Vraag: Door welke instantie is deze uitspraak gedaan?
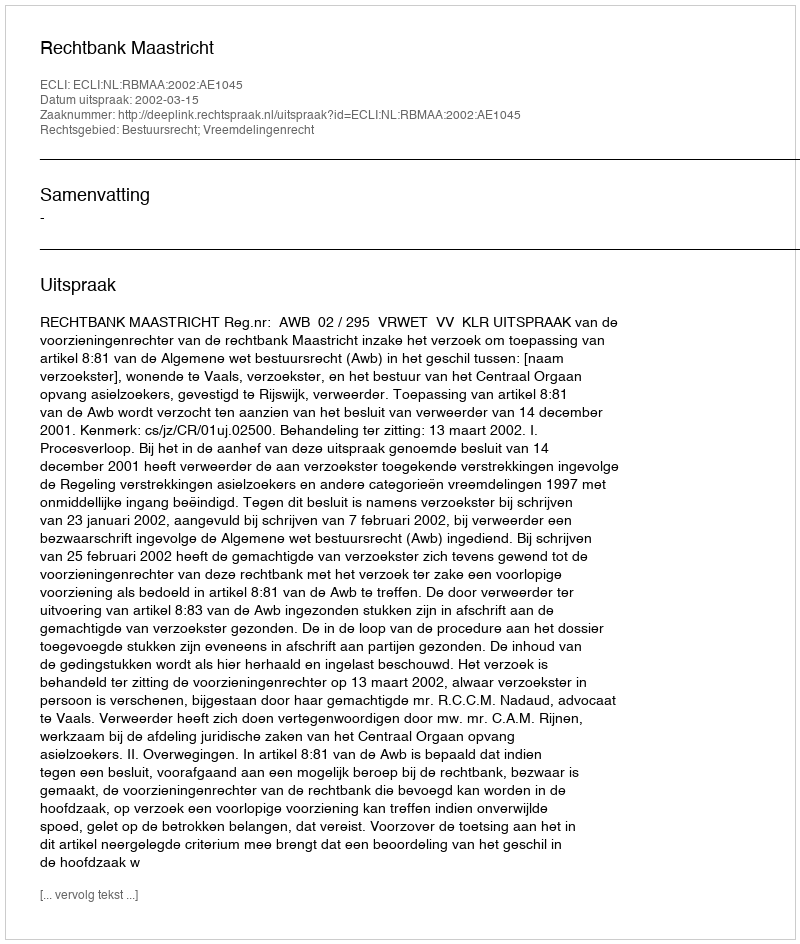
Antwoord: Rechtbank Maastricht